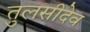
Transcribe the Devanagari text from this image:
तुलसीदेव